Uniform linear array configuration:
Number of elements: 16
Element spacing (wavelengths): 0.5
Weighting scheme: binomial
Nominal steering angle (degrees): -30
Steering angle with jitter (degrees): -30.008
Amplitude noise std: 0.05
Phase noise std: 0.05

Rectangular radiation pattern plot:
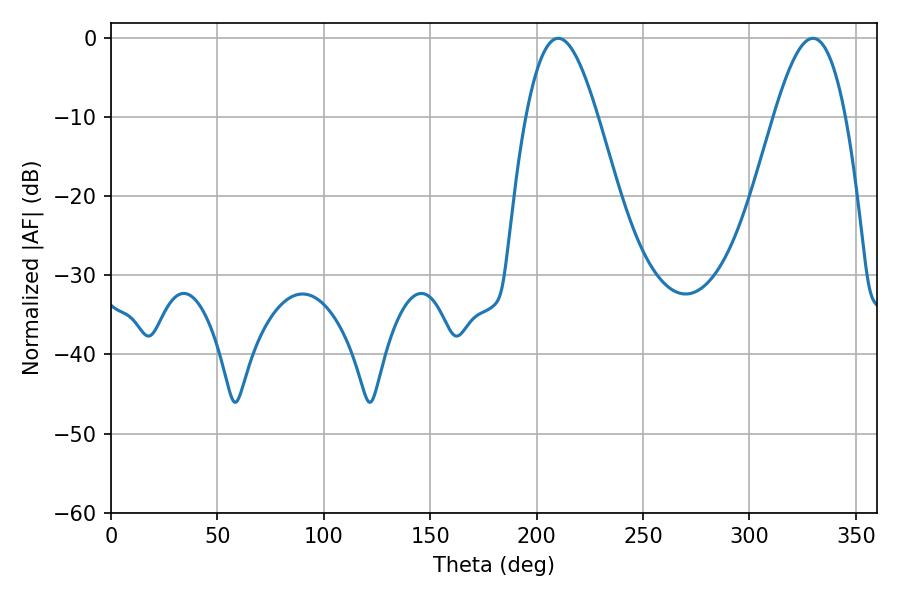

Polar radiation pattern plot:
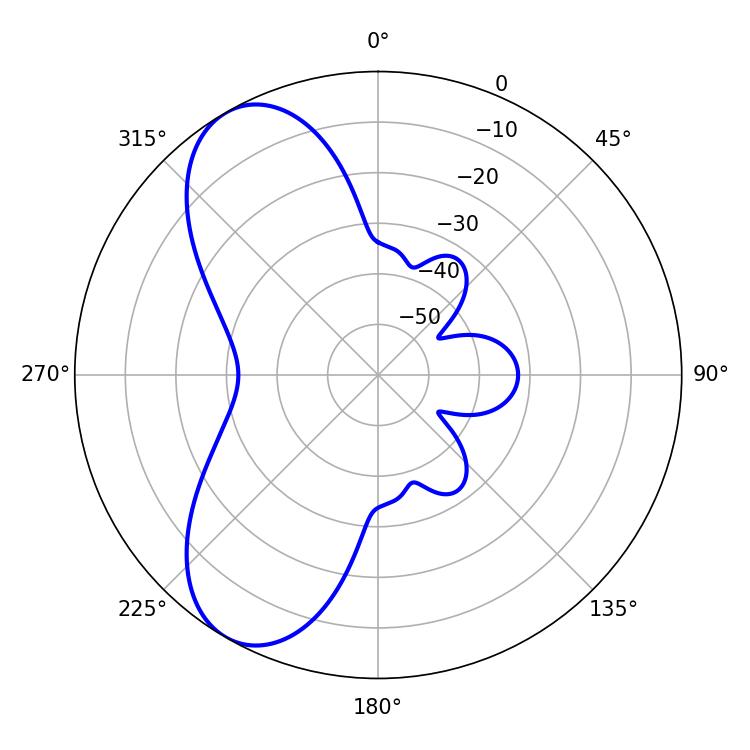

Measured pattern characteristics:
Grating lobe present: FALSE
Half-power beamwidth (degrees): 18.18
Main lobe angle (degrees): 210.06